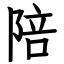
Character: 陪